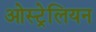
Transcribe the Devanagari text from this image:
ओस्ट्रेलियन